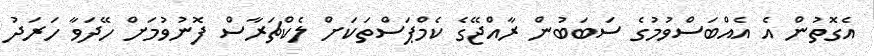
އެގޮތުން އެ އެއްބަސްވުމުގެ ސަބަބުން ރާއްޖޭގެ ކެމްޕަސްތަކަށް ލެކްޗަރާސް ފޮނުވުމަށް ހޭދަވާ ހަރަދު